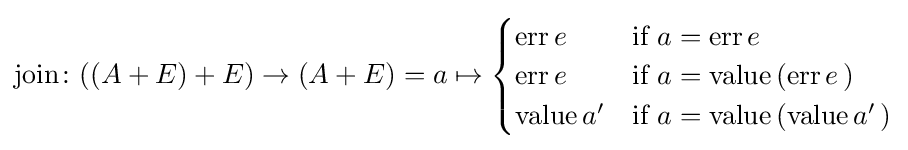
{\text{join}}\colon ((A+E)+E)\to (A+E)=a\mapsto {\begin{cases}{\text{err}}\,e&{\mbox{if}}\ a={\text{err}}\,e\\{\text{err}}\,e&{\text{if}}\ a={\text{value}}\,{\text{(err}}\,e\,{\text{)}}\\{\text{value}}\,a'&{\text{if}}\ a={\text{value}}\,{\text{(value}}\,a'\,{\text{)}}\end{cases}}